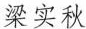
梁实秋